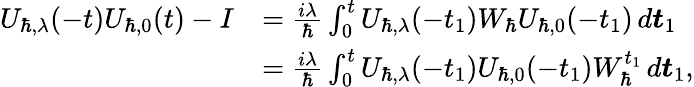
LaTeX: \begin{array}{rl}{U_{\hbar,\lambda}(-t)U_{\hbar,0}(t)-I}&{=\frac{i\lambda}{\hbar}\int_{0}^{t}U_{\hbar,\lambda}(-t_{1})W_{\hbar}U_{\hbar,0}(-t_{1})\, d\boldsymbol{t}_{1}}\\ &{=\frac{i\lambda}{\hbar}\int_{0}^{t}U_{\hbar,\lambda}(-t_{1})U_{\hbar,0}(-t_{1})W_{\hbar}^{t_{1}}\, d\boldsymbol{t}_{1},}\end{array}